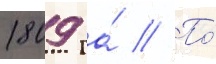
1809 га́ // По́